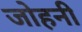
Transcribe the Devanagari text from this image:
जोहनी